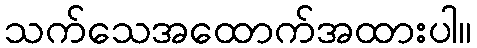
သက်သေအထောက်အထားပါ။